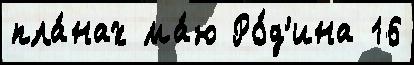
пла́нах ма́ю Ро́д'ина 16